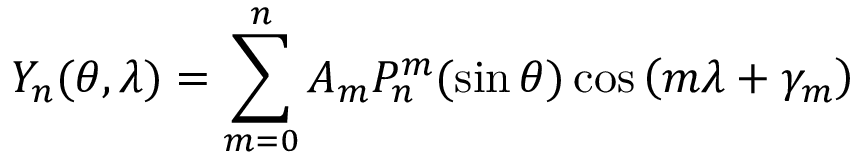
Y _ { n } ( \theta , \lambda ) = \sum _ { m = 0 } ^ { n } A _ { m } P _ { n } ^ { m } ( \sin \theta ) \cos \left( m \lambda + \gamma _ { m } \right)